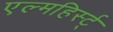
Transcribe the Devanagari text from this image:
एल्महिर्स्ट्